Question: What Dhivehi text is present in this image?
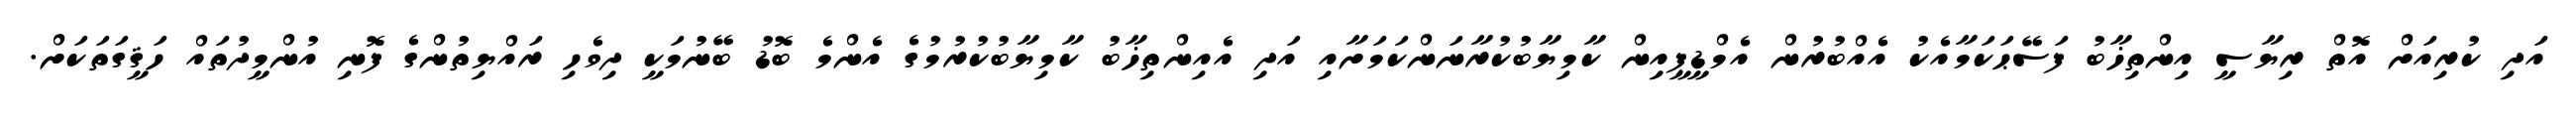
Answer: އަދި ކުރިއަށް އޮތް ރިޔާސީ އިންތިޚާބު ފަސޭޙަކަމާއެކު އެއްބުރުން އެމްޑީޕީއިން ކާމިޔާބުކުރާނަންކަމަށާއި އަދި އެއިންތިޚާބު ކާމިޔާބުކުރުމުގެ އެންމެ ބޮޑު ބޭނުމަކީ ދިވެހި ރައްޔިތުންގެ ފޮނި އުންމީދުތައް ހަޤީގަތަކަށް.